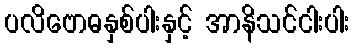
ပလိဗောဓနှစ်ပါးနှင့် အာနိသင်ငါးပါး